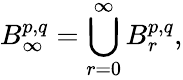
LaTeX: B_{\infty}^{p,q}=\bigcup_{r=0}^{\infty}B_{r}^{p,q},